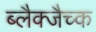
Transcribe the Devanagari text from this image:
ब्लैक्जैच्क